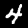
Digit: 4